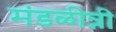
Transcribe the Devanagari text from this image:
मंडळीन्नी